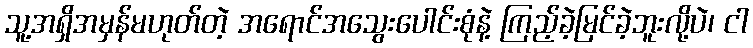
သူ့အရှိအမှန်မဟုတ်တဲ့ အရောင်အသွေးပေါင်းစုံနဲ့ ကြည့်ခဲ့မြင်ခဲ့ဘူးလို့ပဲ၊ ငါ